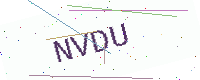
Text: NVDU